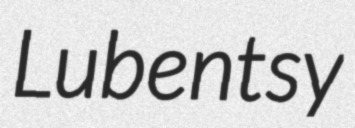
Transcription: Lubentsy